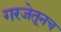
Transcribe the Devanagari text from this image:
गरजेतूनच